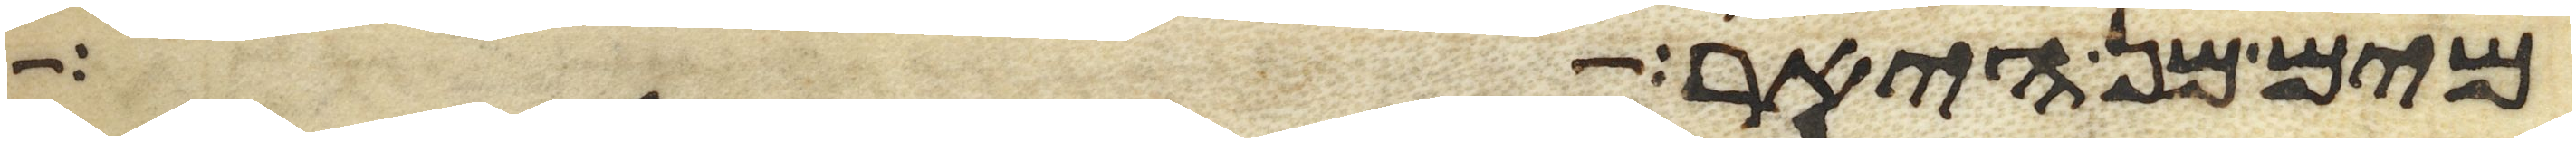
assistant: מים מן היאר